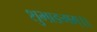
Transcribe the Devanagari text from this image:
शुभाङगम्।।